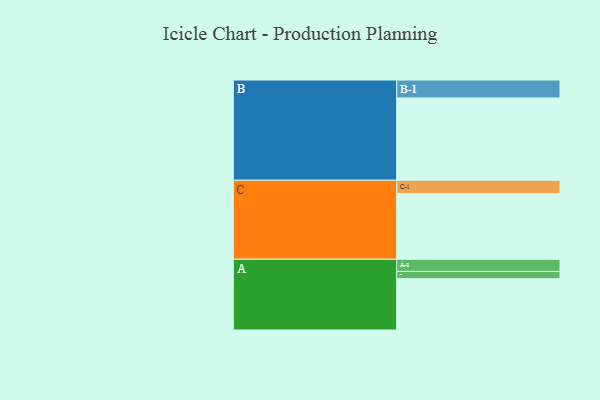
{"axis": {"x": "Segment", "y": "Value"}, "legend": ["", "A", "B", "C"], "data": [{"x": "A", "y": 355, "type": ""}, {"x": "B", "y": 569, "type": ""}, {"x": "C", "y": 454, "type": ""}, {"x": "A-1", "y": 84, "type": "A"}, {"x": "A-2", "y": 50, "type": "A"}, {"x": "B-1", "y": 124, "type": "B"}, {"x": "C-1", "y": 92, "type": "C"}]}